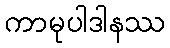
ကာမုပါဒါနဿ